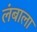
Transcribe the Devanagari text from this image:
लंबाला